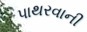
પાથરવાની